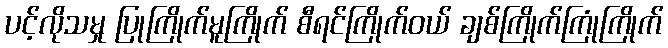
ပင့်လိုသမှု ပြုကြိုက်မူကြိုက် စီရင်ကြိုက်ဝယ် ချစ်ကြိုက်ကြုံကြိုက်